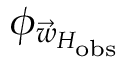
\phi _ { \vec { w } _ { H _ { \mathrm { o b s } } } }